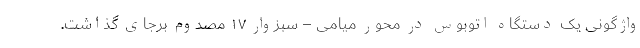
واژگونی یک دستگاه اتوبوس در محور میامی – سبزوار ۱۷ مصدوم برجای گذاشت.